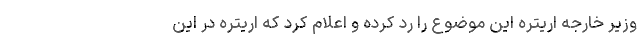
وزیر خارجه اریتره این موضوع را رد کرده و اعلام کرد که اریتره در این